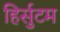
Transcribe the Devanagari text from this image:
हिर्सुटम